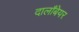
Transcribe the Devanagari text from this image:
दालाँबेयर